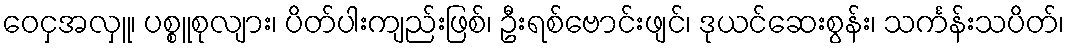
ဝေငှအလှူ၊ ပစ္စူစုလျား၊ ပိတ်ပါးကျည်းဖြစ်၊ ဦးရစ်ဗောင်းဖျင်၊ ဒုယင်ဆေးစွန်း၊ သင်္ကန်းသပိတ်၊